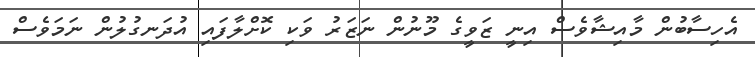
އެހިސާބުން މާއިޝާވެސް އިނީ ޒަވީގެ މޫނުން ނަޒަރު ވަކި ކޮށްލާފައި އުދަނގުލުން ނަމަވެސް